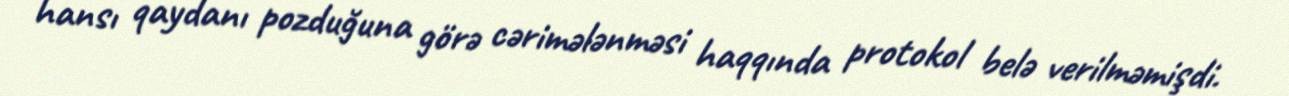
hansı qaydanı pozduğuna görə cərimələnməsi haqqında protokol belə verilməmişdi.